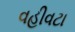
વહીવટા